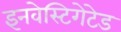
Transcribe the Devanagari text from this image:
इनवेस्टिगेटेड